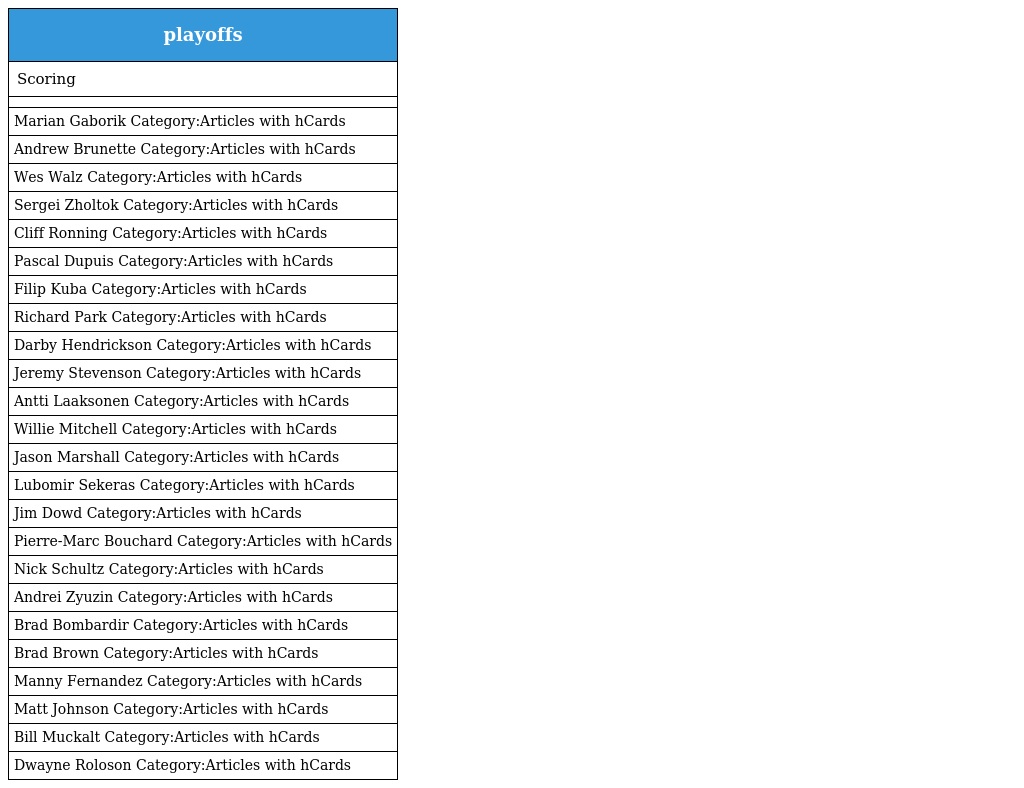
| playoffs |
 | --- |
 | Scoring |
 |  |
 | Marian Gaborik Category:Articles with hCards |
 | Andrew Brunette Category:Articles with hCards |
 | Wes Walz Category:Articles with hCards |
 | Sergei Zholtok Category:Articles with hCards |
 | Cliff Ronning Category:Articles with hCards |
 | Pascal Dupuis Category:Articles with hCards |
 | Filip Kuba Category:Articles with hCards |
 | Richard Park Category:Articles with hCards |
 | Darby Hendrickson Category:Articles with hCards |
 | Jeremy Stevenson Category:Articles with hCards |
 | Antti Laaksonen Category:Articles with hCards |
 | Willie Mitchell Category:Articles with hCards |
 | Jason Marshall Category:Articles with hCards |
 | Lubomir Sekeras Category:Articles with hCards |
 | Jim Dowd Category:Articles with hCards |
 | Pierre-Marc Bouchard Category:Articles with hCards |
 | Nick Schultz Category:Articles with hCards |
 | Andrei Zyuzin Category:Articles with hCards |
 | Brad Bombardir Category:Articles with hCards |
 | Brad Brown Category:Articles with hCards |
 | Manny Fernandez Category:Articles with hCards |
 | Matt Johnson Category:Articles with hCards |
 | Bill Muckalt Category:Articles with hCards |
 | Dwayne Roloson Category:Articles with hCards |